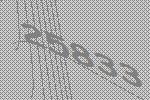
25833